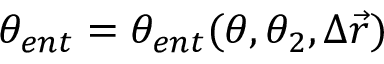
\theta _ { e n t } = \theta _ { e n t } ( \theta , \theta _ { 2 } , \Delta \vec { r } )